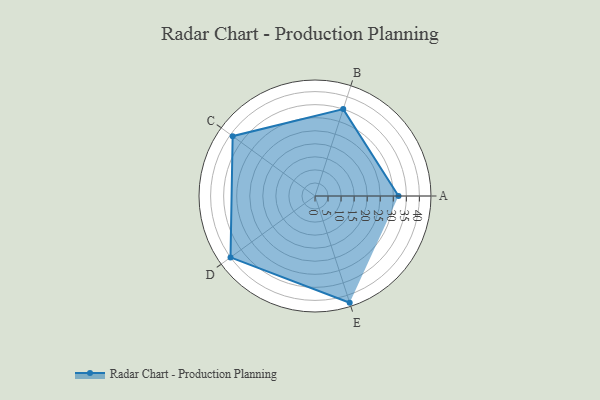
{"axis": {"x": "Skill", "y": "Score"}, "legend": ["Profile"], "data": [{"x": "A", "y": 32.0, "type": "Profile"}, {"x": "B", "y": 35.0, "type": "Profile"}, {"x": "C", "y": 39.0, "type": "Profile"}, {"x": "D", "y": 40.0, "type": "Profile"}, {"x": "E", "y": 43.0, "type": "Profile"}]}